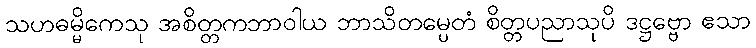
သဟဓမ္မိကေသု အစိတ္တကဘာဝါယ ဘာသိတမ္ပေတံ စိတ္တပညာသုပိ ဒဋ္ဌဗ္ဗော ဧသာ